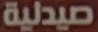
صیدلیة